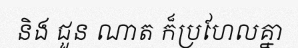
និង ជួន ណាត ក៏ប្រហែលគ្នា